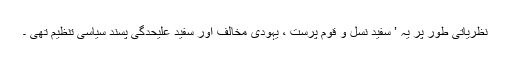
نظریاتی طور پر یہ ’ سفید نسل و قوم پرست ، یہودی مخالف اور سفید علیحدٰگی پسند سیاسی تنظیم تھی ۔